Vaccination report Assam 1874-1896 - 1874-1896
Year: 1874
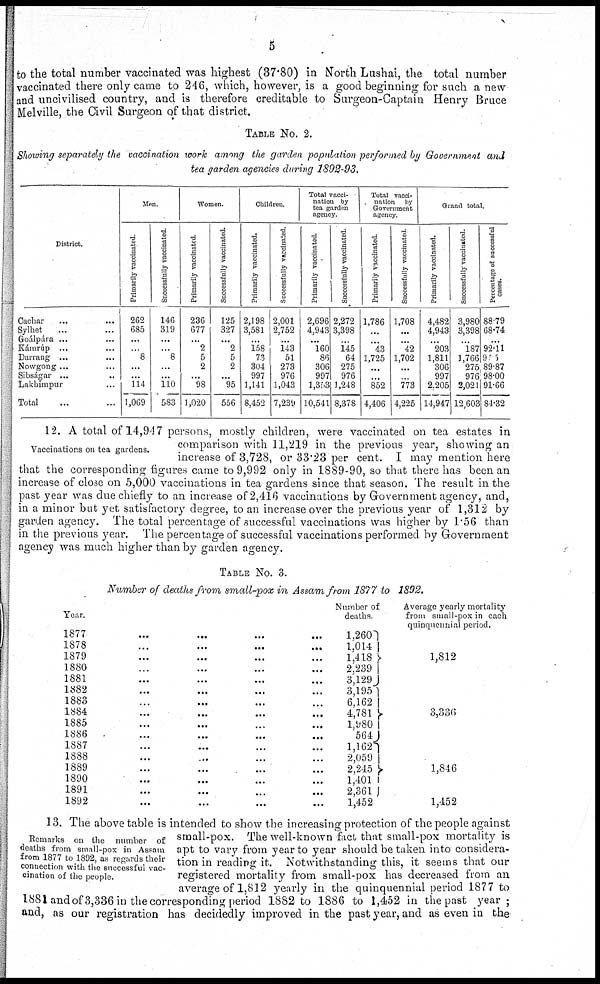
5
to the total number vaccinated was highest (37.80) in North Lushai, the total number
vaccinated there only came to 246, which, however, is a good beginning for such a new
and uncivilised country, and is therefore creditable to Surgeon-Captain Henry Bruce
Melville, the Civil Surgeon of that district.
TABLE No. 2.
Showing separately the vaccination work among the garden population performed by Government and
tea garden agencies during 1892-93.
District.
Cachar ... ...
Sylhet ... ...
Goálpára ... ...
Kámrúp ... ...
Darraing ... ...
Nowgong ... ...
Sibságar ... ...
Lakhimpur ...
Total ... ...
Men.
Primarily vaccinated.
262
685
...
...
8
...
...
114
l,069
Successfully vaccinated.
146
319
...
...
8
...
...
110
583
Women.
Primarily vaccinated.
236
677
...
2
5
2
...
98
1,020
Successfully vaccinated.
125
327
...
2
5
2
...
95
556
Children.
Primarily vaccinated.
2,198
3,581
...
158
76
304
997
1,141
8,452
Successfully vaccinated
2,001
2,752
...
143
51
273
976
1,043
7,239
Total vacci-
nation by
tea garden
agency.
Primarily vaccinated.
2,696
4,943
...
160
86
306
997
l,353
10,541
Successfully vaccinated.
2,272
3,398
...
145
64
275
976
1,248
8,378
Total vacci-
nation by
Government
agency.
Primarily vaccinated.
1,786
...
...
43
1,725
...
...
852
4,406
Successfully vaccinated.
1,708
...
...
42
1,702
...
...
773
4,225
Grand total.
Primarily vaccinated.
4,482
4,943
...
203
1,811
306
997
2,205
14,947
Successfully vaccinated.
3,980
3,398
...
187
1,766
275
976
2,021
12,603
Percentage of successful
cases.
88.79
68.74
...
92.11
915
89.87
98.00
91.66
84.32
Vaccinations on tea gardens.
12. A total of 14,947 persons, mostly children, were vaccinated on tea estates in
comparison with 11,219 in the previous year, showing an
increase of 3,728, or 33.23 per cent. I may mention here
that the corresponding figures came to 9,992 only in 1889-90, so that there has been an
increase of close on 5,000 vaccinations in tea gardens since that season. The result in the
past year was due chiefly to an increase of 2,416 vaccinations by Government agency, and,
in a minor but yet satisfactory degree, to an increase over the previous year of 1,312 by
garden agency. The total percentage of successful vaccinations was higher by 1.56 than
in the previous year. The percentage of successful vaccinations performed by Government
agency was much higher than by garden agency.
TABLE No. 3.
Number of deaths from small-pox in Assam from 1877 to 1892.
Year.
1877
...
...
...
...
1878
...
...
...
...
1879 ... ... ... ...
1880 ... ... ... ...
1881 ... ... ... ...
1882 ... ... ... ...
1883 ... ... ... ...
1884 ... ... ... ...
1885 ... ... ... ...
1886 ... ... ... ...
1887 ... ... ... ...
1888 ... ... ... ...
1889 ... ... ... ...
1890 ... ... ... ...
1891 ... ... ... ...
1892 ... ... ... ...
Number of
deaths.
1,260
1,014
1,418
2,239
3,129
3,195
6,162
4,781
1,980
564
1,162
2,059
2,245
1,401
2,361
1,452
Average yearly mortality
from small-pox in each
quinquennial period.
1,812
3,336
1,846
1,452
Remarks on the number of
deaths from small-pox in Assam
from 1877 to 1892, as regards their
connection with the successful vac-
cination of the people.
13. The above table is intended to show the increasing protection of the people against
small-pox. The well-known fact that small-pox mortality is
apt to vary from year to year should be taken into considera-
tion in reading it. Notwithstanding this, it seems that our
registered mortality from small-pox has decreased from an
average of 1,812 yearly in the quinquennial period 1877 to
1881 and of 3,336 in the corresponding period 1882 to 1886 to 1,452 in the past year;
and, as our registration has decidedly improved in the past year, and as even in the